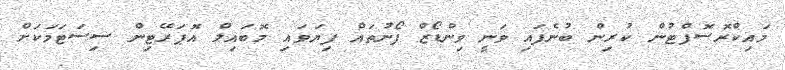
މައިކްރޮސޮފްޓުން ކުރިން ބުނެފައި ވަނީ ވިންޑޯޒް ފޯނުތައް ފިޔަވައި މޮބައިލް އޮޕަރޭޓިން ސިސަޓަމަކަށް